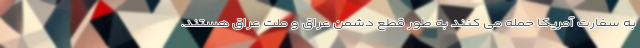
به سفارت آمریکا حمله می کنند به طور قطع دشمن عراق و ملت عراق هستند.